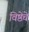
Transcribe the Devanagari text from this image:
विष्ठेचे